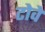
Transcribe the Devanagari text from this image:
टोवे